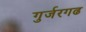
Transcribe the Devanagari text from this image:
गुर्जरगढ